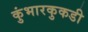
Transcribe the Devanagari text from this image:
कुंभारकुकडी